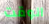
الوقت